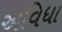
અવિધા